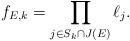
LaTeX: \begin{align*}f_{E,k} = \prod_{j \in S_{k} \cap J(E)} \ell_{j}.\end{align*}